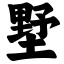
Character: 墅